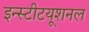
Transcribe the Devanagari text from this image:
इन्स्टीटयूशनल